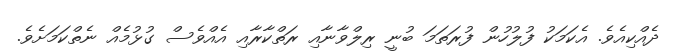
ދެއްކިއެވެ. އެކަމަކު ފުލުހުން ފުރަތަމަ ބުނީ ރިލްވާނާއި ރަތްކާރާއި އެއްވެސް ގުޅުމެއް ނެތްކަމަށެވެ.